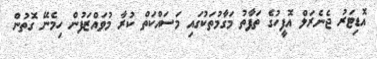
އޮޑިޓަރު ޖެނެރަލް އޮފީހުގެ ތަފާތު މަގާމުތަކުގައި މަސައްކަތް ކުރާ މުވައްޒަފުން ހިމެނޭ ގޮތުން